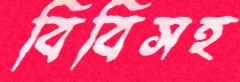
বিবিসহ